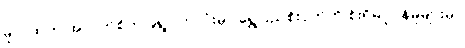
မူလထဲက အဲလက်စ်က ၉ရွာ တလုံးမှာ ရွှေပြည်စိုးငှက်ကို စိုးရိမ်ပူပန်မှုများမှာ